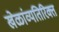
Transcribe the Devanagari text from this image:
खेळांव्यतिरिक्त